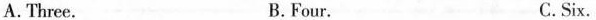
A.Three. B.Four. C.Six.